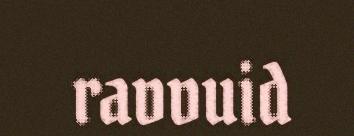
ravvuid